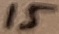
Text: 15